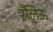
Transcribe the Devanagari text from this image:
रौलेऊ